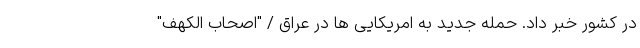
در کشور خبر داد. حمله جدید به امریکایی ها در عراق / "اصحاب الکهف"